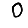
Digit: 0